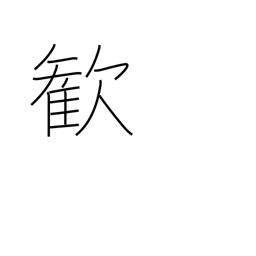
Meaning: delight